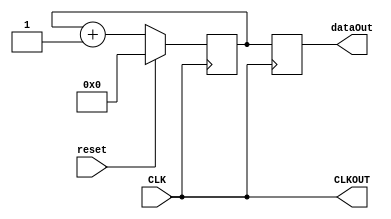
`timescale 1ns / 1ps
//////////////////////////////////////////////////////////////////////////////////
// Company: 
// Engineer: 
// 
// Design Name: 
// Module Name: TempImgCreator
// Project Name: 
// Target Devices: 
// Tool Versions: 
// Description: 
// 
// Dependencies: 
// 
// Revision:
// Revision 0.01 - File Created
// Additional Comments:
// 
//////////////////////////////////////////////////////////////////////////////////


module TempImgCreator(
    input CLK,
    output CLKOUT,
    output reg [7:0] dataOut,
    
    input reset
    );
    
    reg[7:0] scaler;
    
    assign CLKOUT = CLK;
    
    always@(posedge CLK) begin
        if(reset) begin
            scaler <= 8'h00;
            dataOut <= scaler;
        end
        else begin
            scaler <= scaler + 1;
            dataOut <= scaler;
        end 
    end
endmodule